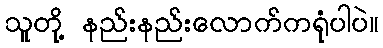
သူတို့ နည်းနည်းလောက်ကရုံပါပဲ။